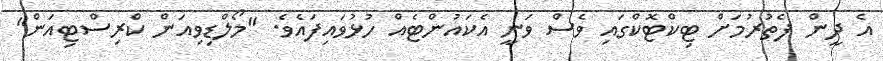
އެ ދީން ފެތުރުމަށް ޓިކްޓޮކްގައި ވެސް ވަނީ އެކައުންޓެއް ހުޅުވައިފައެވެ. "މޯލްޑިވިއަން ކްރިސްޓިއަން"